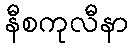
နီစကုလီနာ